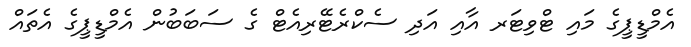
އެމްޑީޕީގެ މައި ޓްވިޓަރ އާއި އަދި ސެކްރެޓޭރިއެޓް ގެ ސަބަބުން އެމްޑީޕީގެ އެތައް